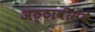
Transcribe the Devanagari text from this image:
अठ्ठावीसवे